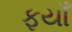
ફયાઁ